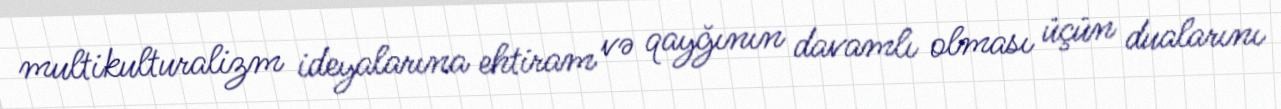
multikulturalizm ideyalarına ehtiram və qayğının davamlı olması üçün dualarını